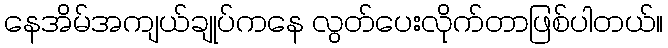
နေအိမ်အကျယ်ချုပ်ကနေ လွတ်ပေးလိုက်တာဖြစ်ပါတယ်။